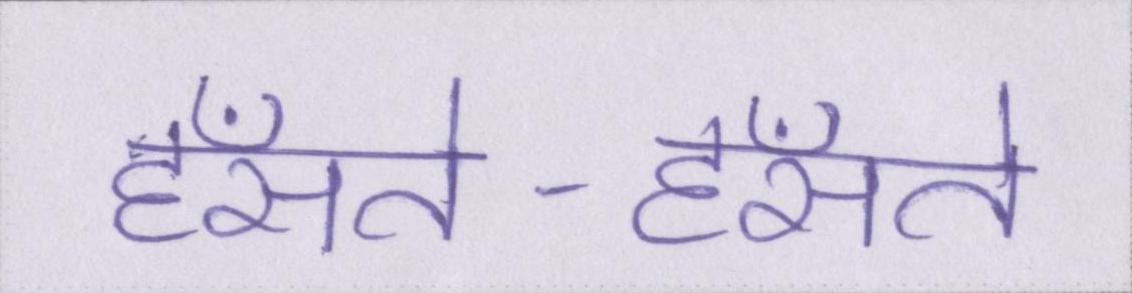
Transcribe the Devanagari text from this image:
हँसते-हँसते